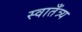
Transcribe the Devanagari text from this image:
स्वातँत्र्य